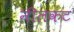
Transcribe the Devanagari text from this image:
नीलकंट